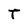
Character: T